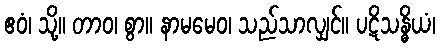
ဧဝံ၊ သို့။ တာဝ၊ စွာ။ နာမမေဝ၊ သည်သာလျှင်။ ပဋိသန္ဓိယံ၊